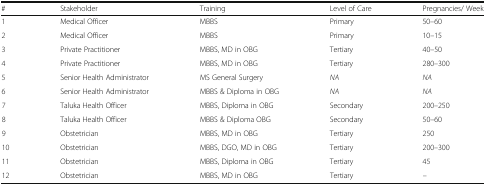
<table><thead><tr><td><b>#</b></td><td><b>Stakeholder</b></td><td><b>Training</b></td><td><b>Level of Care</b></td><td><b>Pregnancies/ Week</b></td></tr></thead><tbody><tr><td>1</td><td>Medical Officer</td><td>MBBS</td><td>Primary</td><td>50–60</td></tr><tr><td>2</td><td>Medical Officer</td><td>MBBS</td><td>Primary</td><td>10–15</td></tr><tr><td>3</td><td>Private Practitioner</td><td>MBBS, MD in OBG</td><td>Tertiary</td><td>40–50</td></tr><tr><td>4</td><td>Private Practitioner</td><td>MBBS, MD in OBG</td><td>Tertiary</td><td>280–300</td></tr><tr><td>5</td><td>Senior Health Administrator</td><td>MS General Surgery</td><td><i>NA</i></td><td><i>NA</i></td></tr><tr><td>6</td><td>Senior Health Administrator</td><td>MBBS &amp; Diploma in OBG</td><td><i>NA</i></td><td><i>NA</i></td></tr><tr><td>7</td><td>Taluka Health Officer</td><td>MBBS, Diploma in OBG</td><td>Secondary</td><td>200–250</td></tr><tr><td>8</td><td>Taluka Health Officer</td><td>MBBS &amp; Diploma OBG</td><td>Secondary</td><td>50–60</td></tr><tr><td>9</td><td>Obstetrician</td><td>MBBS, MD in OBG</td><td>Tertiary</td><td>250</td></tr><tr><td>10</td><td>Obstetrician</td><td>MBBS, DGO, MD in OBG</td><td>Tertiary</td><td>200–300</td></tr><tr><td>11</td><td>Obstetrician</td><td>MBBS, Diploma in OBG</td><td>Tertiary</td><td>45</td></tr><tr><td>12</td><td>Obstetrician</td><td>MBBS, MD in OBG</td><td>Tertiary</td><td>–</td></tr></tbody></table>